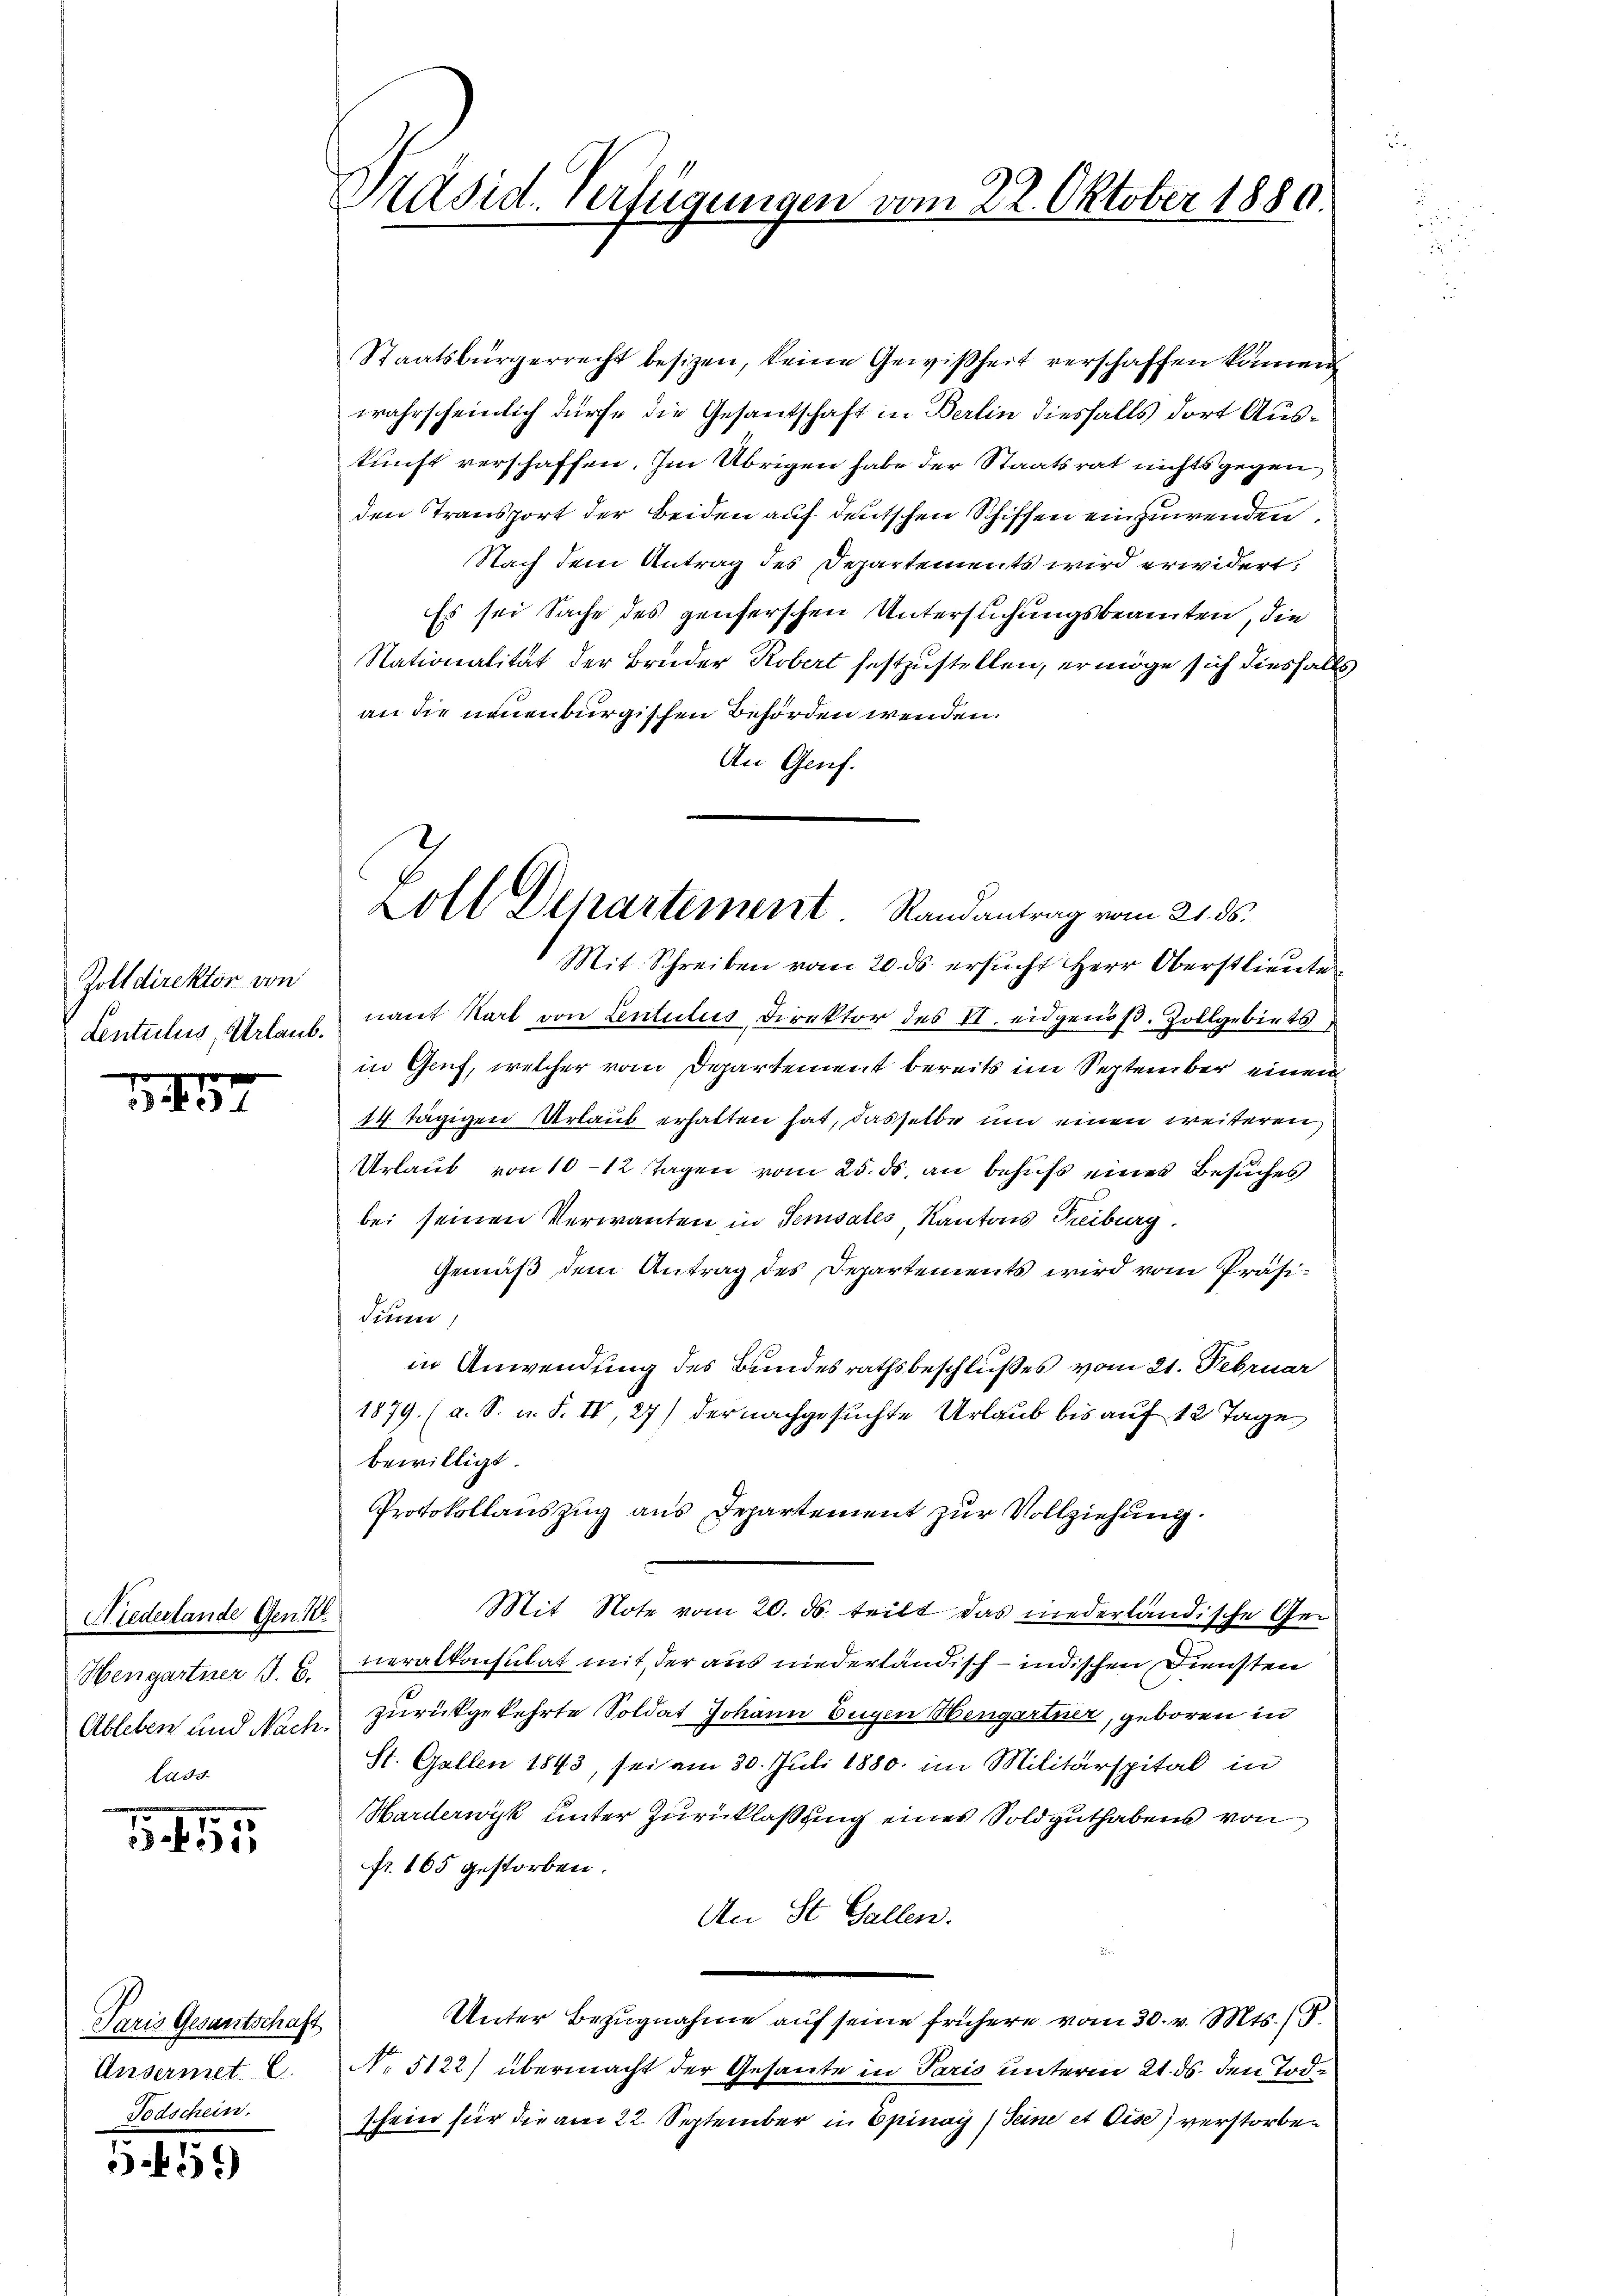
Zolldirektor von
Lentilus, Urlaub.

1457

Niederlande Gen
Hengartner J. C.
Ableben und Nach.
Lass

155

Paris Gesantschaft
Ansermet C.
Todschein.

5.456

Staatsbürgerrecht besizen, keine Gewißheit verschaffen können
wahrscheinlich dürfe die Gesantschaft in Berlin diesfalls dort Auskunft verschaffen. Im Übrigen habe der Staatsrat nichts gegen
den Transport der Beiden auf deutschen Schiffen einzuwenden,
Nach dem Antrag des Departements wird erwidert,
Es sei Sache des genserschen Untersuchungsbeamten, die
Nationalität der Bruder Kobert festzustellen, er möge sich diesfalls
an die neuenburgischen Behörden wenden.
An Genf.
Mit Schreiben vom 20. ds ersucht Herr Oberstlieute
nant Karl von Lentilis Direktor des VI. eidgenöβ. Zollgebiets,
in Genf, welcher vom Departement bereits im September einen
14 tägigen Urlaub erhalten hat, dasselbe um einen weiteren,
Urlaut von 10-12 Tagen vom 25. ds. an behufs einer Besuches
bei seinen Verwanten in Sensales Kantons Treiburg.
Gemäß dem Antrag des Departements wird vom Präsidinnen,
in Anwendung des Bundesrathsbeschlußes vom 21. Februar
1879 (a. S. u. F. IV, 27) der nachgesuchte Urlaub bis auf 12 Tage
bewilligt.
Protokollauszug aus Departement zur Vollziehung.
Mit Note vom 20. ds. teilt das niederländische Generalkonsulat mit der aus niederländisch - indischen Diensten
zurückgekehrte Soldat Johann Eugen Mengartner, geboren in
St. Gallen 1843, sei am 30. Juli 1880 im Militärspital in
Harderwyk unter Zurücklassung eines Soldguthabens von
fr. 165 gestorben.
An St. Gallen.
Unter Bezugnahme auf seine frühere vom 30. v. Mts. 15.
No. 5122) übermacht der Gesante in Paris unterm 21. ds. den Tode
schein für die am 22. September in Epinay) Seine et Cise) verstorben

Präsid. Verfügungen vom 22. Oktober 1880

oll Departement Randantrag vom 21. ds.